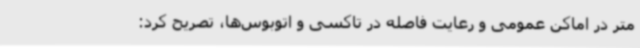
متر در اماکن عمومی و رعایت فاصله در تاکسی و اتوبوس‌ها، تصریح کرد: